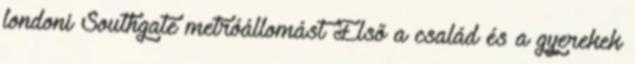
londoni Southgate metróállomást Első a család és a gyerekek